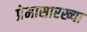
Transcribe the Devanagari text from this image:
प्रेमासारख्या